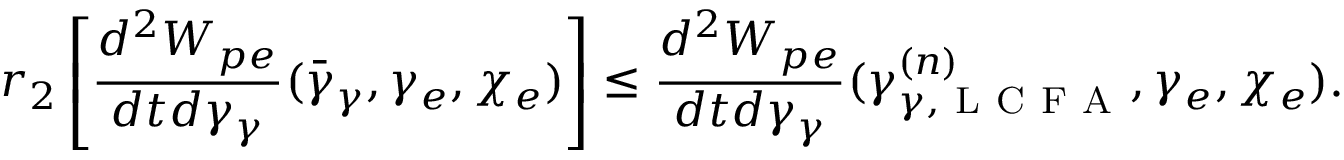
r _ { 2 } \left[ \frac { d ^ { 2 } W _ { p e } } { d t d \gamma _ { \gamma } } ( \bar { \gamma } _ { \gamma } , \gamma _ { e } , \chi _ { e } ) \right] \leq \frac { d ^ { 2 } W _ { p e } } { d t d \gamma _ { \gamma } } ( \gamma _ { \gamma , \mathrm { ~ L ~ C ~ F ~ A ~ } } ^ { ( n ) } , \gamma _ { e } , \chi _ { e } ) .